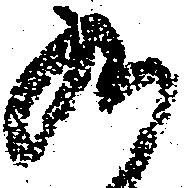
九